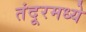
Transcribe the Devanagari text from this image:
तंदूरमध्ये